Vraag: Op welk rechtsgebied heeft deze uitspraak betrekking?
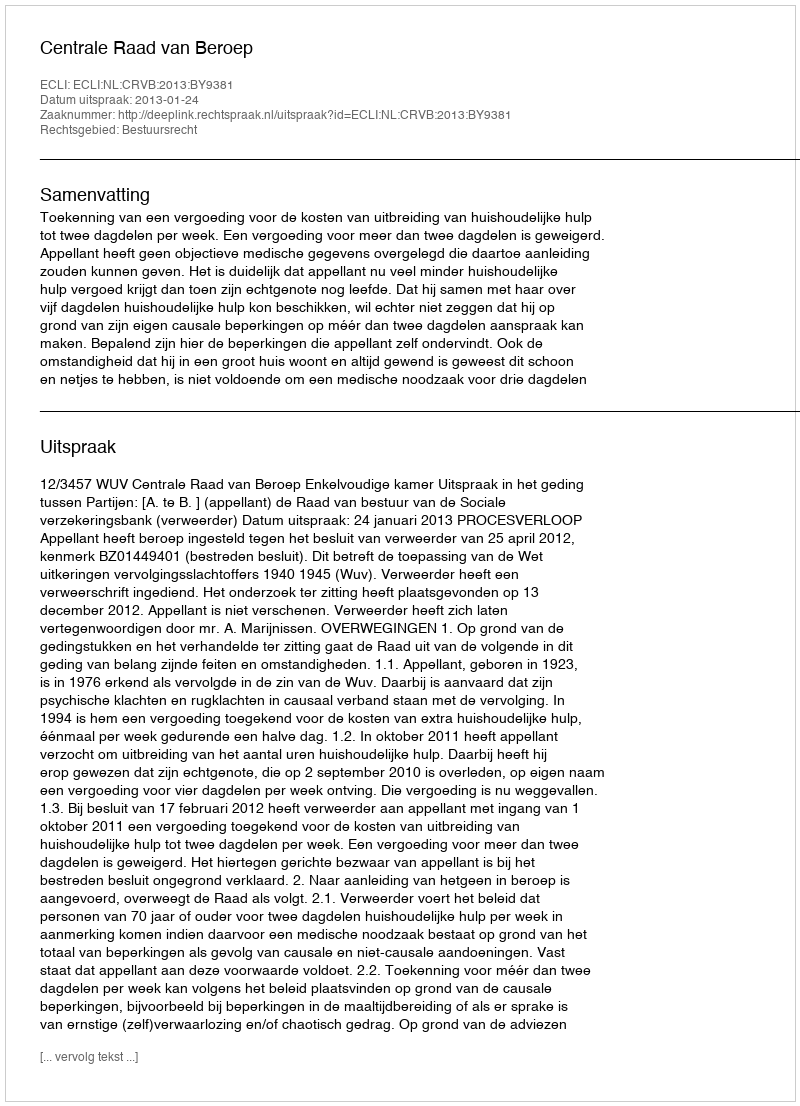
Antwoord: Bestuursrecht